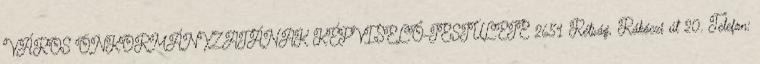
VÁROS ÖNKORMÁNYZATÁNAK KÉPVISELŐ-TESTÜLETE 2651 Rétság, Rákóczi út 20. Telefon: